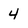
Character: 4